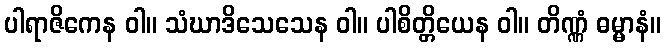
ပါရာဇိကေန ဝါ။ သံဃာဒိသေသေန ဝါ။ ပါစိတ္တိယေန ဝါ။ တိဏ္ဏံ ဓမ္မာနံ။